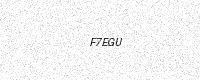
Text: F7EGU